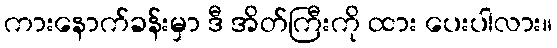
ကားနောက်ခန်းမှာ ဒီ အိတ်ကြီးကို ထား ပေးပါလား။